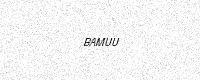
Text: BAMUU